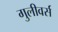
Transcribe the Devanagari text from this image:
गुलीवर्स